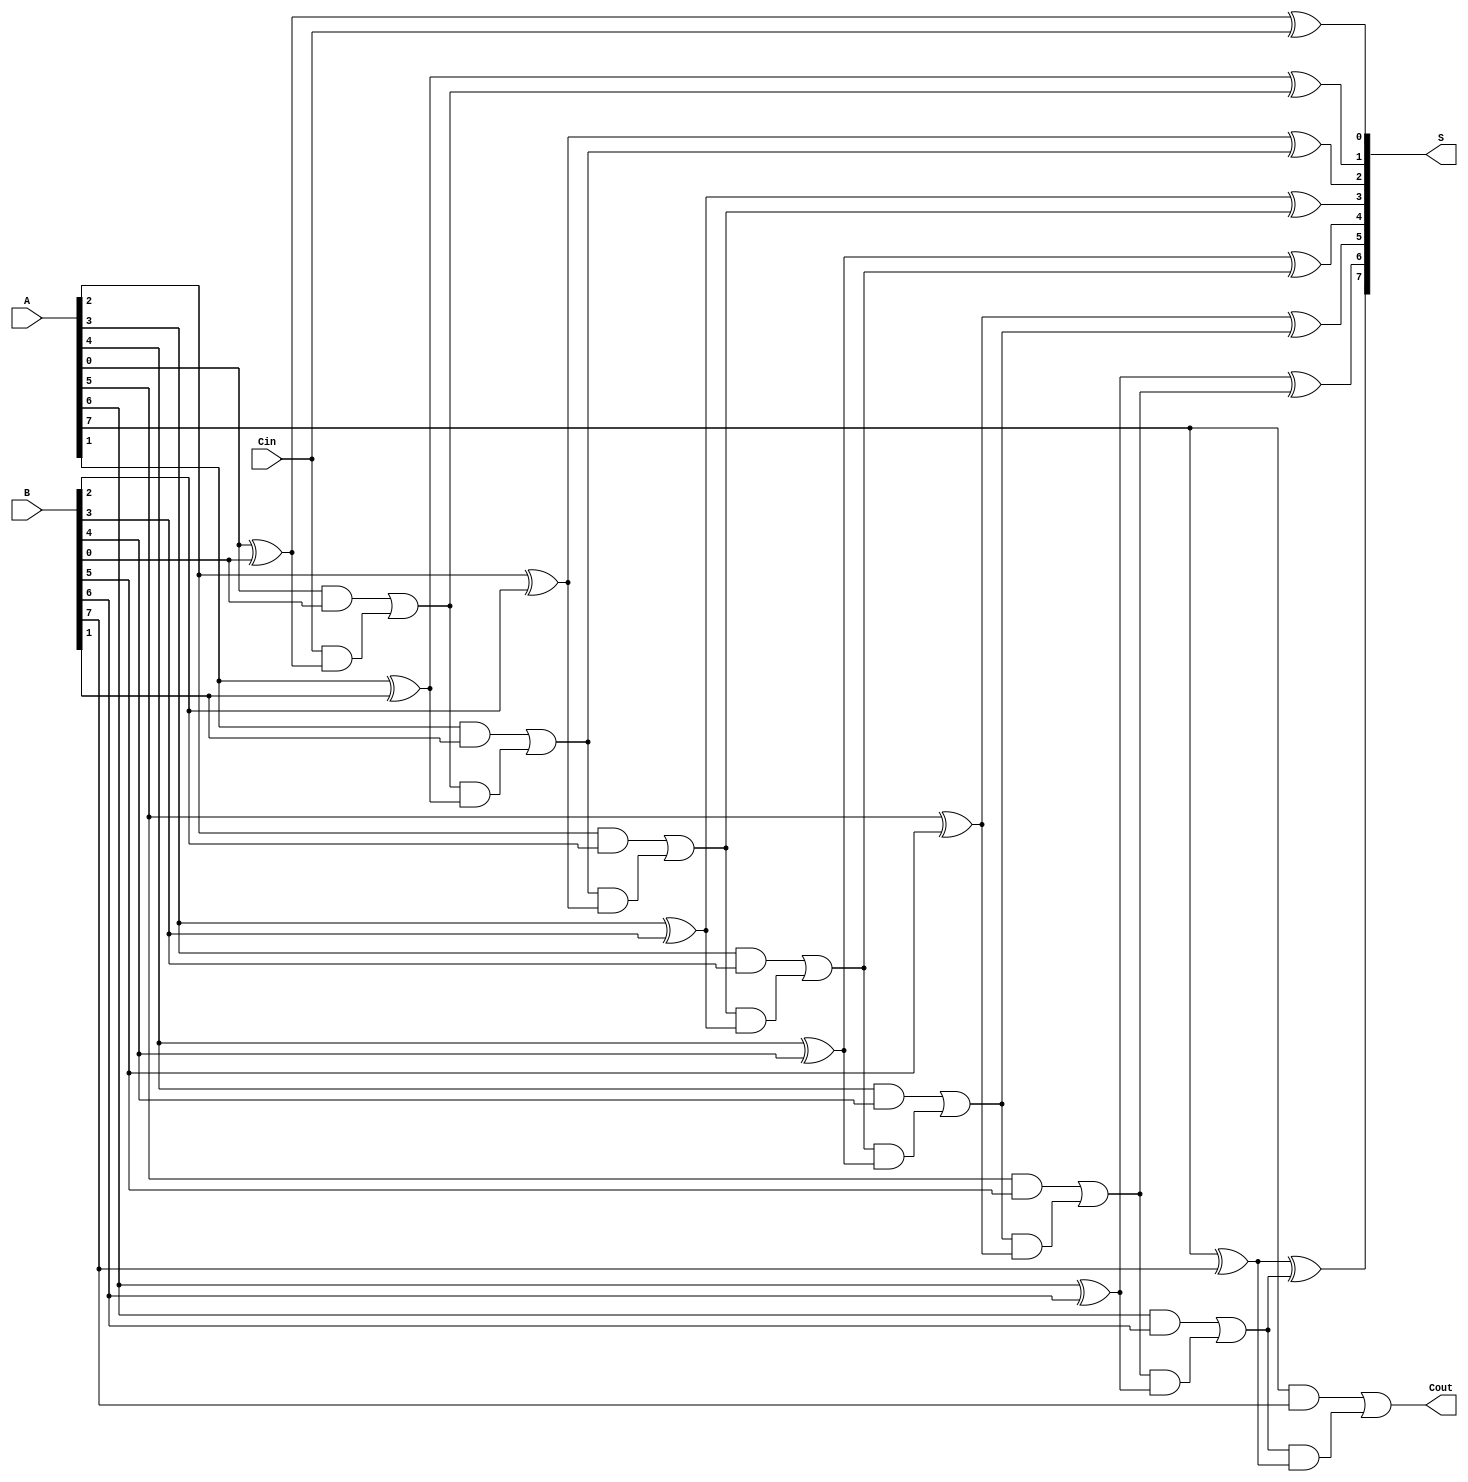
module ManchesterCarryChainAdder #(parameter N = 8) (
    input  wire [N-1:0] A,      // First n-bit input
    input  wire [N-1:0] B,      // Second n-bit input
    input  wire Cin,             // Carry-in
    output wire [N-1:0] S,       // n-bit sum output
    output wire Cout             // Carry-out
);

    wire [N:0] C;               // Carry signals (N+1 to accommodate Cout)
    assign C[0] = Cin;          // Initial carry-in

    // Generate sum and carry for each bit
    genvar i;
    generate
        for (i = 0; i < N; i = i + 1) begin : adder_stage
            // Sum calculation
            assign S[i] = A[i] ^ B[i] ^ C[i];

            // Carry calculation
            assign C[i + 1] = (A[i] & B[i]) | (C[i] & (A[i] ^ B[i]));
        end
    endgenerate

    // Final carry-out
    assign Cout = C[N];

endmodule